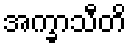
အက္ခာသီတိ